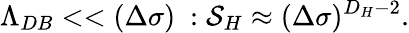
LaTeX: \Lambda_{DB}<<(\Delta\sigma)\ :{\cal S}_{H}\approx(\Delta\sigma)^{D_{H}-2}.